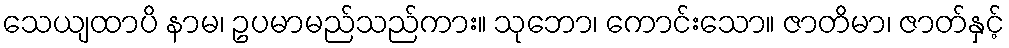
သေယျထာပိ နာမ၊ ဥပမာမည်သည်ကား။ သုဘော၊ ကောင်းသော။ ဇာတိမာ၊ ဇာတ်နှင့်